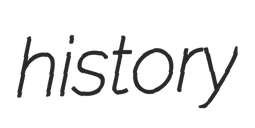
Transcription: history